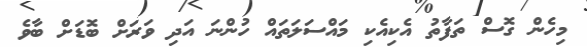
މިހެން ގޮސް ތަފާތު އެކިއެކި މައްސަލަތައް ހުންނަ އަދި ވަރަށް ބޮޑަށް ބާވެ